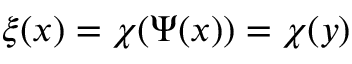
\xi ( x ) = \chi ( \Psi ( x ) ) = \chi ( y )